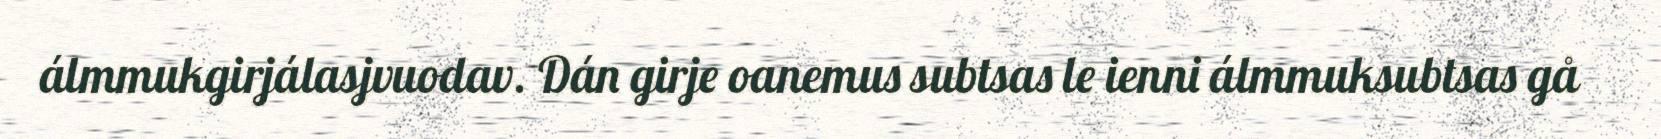
álmmukgirjálasjvuodav. Dán girje oanemus subtsas le ienni álmmuksubtsas gå